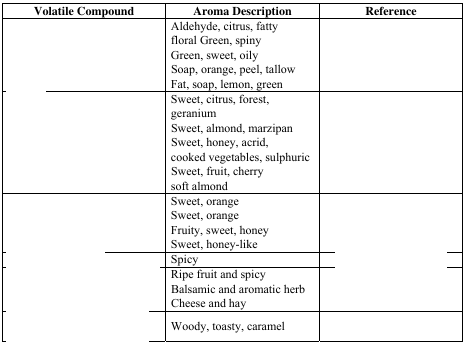
<table><thead><tr><td><b>Volatile Compound</b></td><td><b>Aroma Description</b></td><td><b>Reference</b></td></tr></thead><tbody><tr><td>[EMPTY_CELL]</td><td>Aldehyde, citrus, fatty floral Green, spiny</td><td rowspan="4">[EMPTY_CELL]</td></tr><tr><td>[EMPTY_CELL]</td><td>Green, sweet, oily</td></tr><tr><td>[EMPTY_CELL]</td><td>Soap, orange, peel, tallow</td></tr><tr><td>[EMPTY_CELL]</td><td>Fat, soap, lemon, green</td></tr><tr><td>[EMPTY_CELL]</td><td>Sweet, citrus, forest, geranium</td><td rowspan="4">[EMPTY_CELL]</td></tr><tr><td>[EMPTY_CELL]</td><td>Sweet, almond, marzipan</td></tr><tr><td>[EMPTY_CELL]</td><td>Sweet, honey, acrid, cooked vegetables, sulphuric</td></tr><tr><td>[EMPTY_CELL]</td><td>Sweet, fruit, cherry soft almond</td></tr><tr><td>[EMPTY_CELL]</td><td>Sweet, orange</td><td rowspan="4">[EMPTY_CELL]</td></tr><tr><td>[EMPTY_CELL]</td><td>Sweet, orange</td></tr><tr><td>[EMPTY_CELL]</td><td>Fruity, sweet, honey</td></tr><tr><td>[EMPTY_CELL]</td><td>Sweet, honey-like</td></tr><tr><td>[EMPTY_CELL]</td><td>Spicy</td><td>[EMPTY_CELL]</td></tr><tr><td>[EMPTY_CELL]</td><td>Ripe fruit and spicy</td><td rowspan="3">[EMPTY_CELL]</td></tr><tr><td>[EMPTY_CELL]</td><td>Balsamic and aromatic herb</td></tr><tr><td>[EMPTY_CELL]</td><td>Cheese and hay</td></tr><tr><td>[EMPTY_CELL]</td><td>Woody, toasty, caramel</td><td>[EMPTY_CELL]</td></tr></tbody></table>